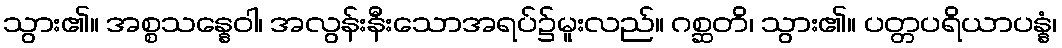
သွား၏။ အစ္စသန္နေဝါ၊ အလွန်းနီးသောအရပ်၌မူးလည်။ ဂစ္ဆတိ၊ သွား၏။ ပတ္တပရိယာပန္နံ၊